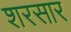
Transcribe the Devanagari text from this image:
शरसार